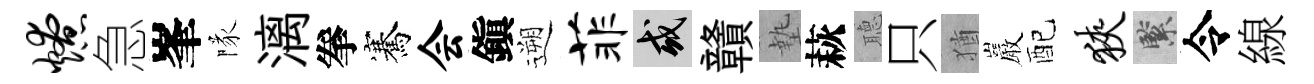
燎急峯隊漓拳騫会鎭遡菲或贛墊萩𦗟只猶巖配狭緊令線